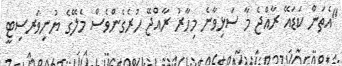
"އެތަން ކަޑައޭ ރާއްޖެ މާ ސަޅިވާނެ މިހާރު ރާއްޖޭ ހުރެގެންވެސް މެލޭގެ ޔުނިވަރސިޓީ